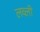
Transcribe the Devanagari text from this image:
लव्ली